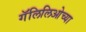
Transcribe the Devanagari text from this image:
गॅलिलिओच्या